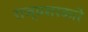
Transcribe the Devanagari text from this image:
राज्यसरकारे